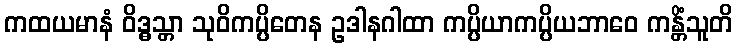
ကထယမာနံ ဝိဒ္ဓသ္တာ သုဝိကပ္ပိတေန ဥဒါနဂါထာ ကပ္ပိယာကပ္ပိယဘာဝေ ကန္တိံသူတိ